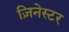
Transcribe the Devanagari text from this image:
ज़िनेस्टर